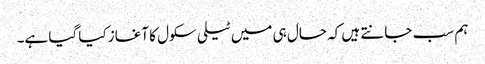
ہم سب جانتے ہیں کہ حال ہی میں ٹیلی سکول کا آغاز کیا گیا ہے۔